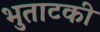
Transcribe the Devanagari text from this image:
भुताटकी